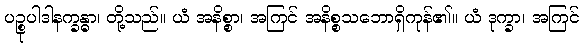
ပဉ္စုပါဒါနက္ခန္ဓာ၊ တို့သည်။ ယံ အနိစ္စာ၊ အကြင် အနိစ္စသဘောရှိကုန်၏။ ယံ ဒုက္ခာ၊ အကြင်